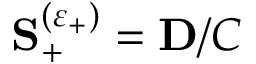
{ \bf S } _ { + } ^ { ( \varepsilon _ { + } ) } = { \bf D } / C